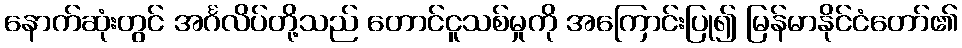
နောက်ဆုံးတွင် အင်္ဂလိပ်တို့သည် တောင်ငူသစ်မှုကို အကြောင်းပြု၍ မြန်မာနိုင်ငံတော်၏